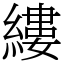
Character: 縷